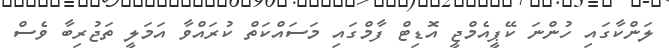
ލަންކާގައި ހުންނަ ކޭޕީއެމްޖީ އޮޑިޓް ފާމްގައި މަސައްކަތް ކުރައްވާ އަމަލީ ތަޖުރިބާ ވެސް